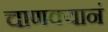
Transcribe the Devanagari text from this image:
चाणक्यानं